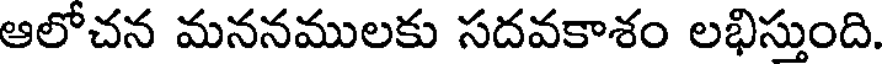
ఆలోచన మననములకు సదవకాశం లభిస్తుంది.